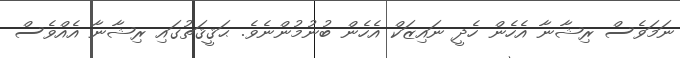
ނަމަވެސް ރިޝާނާ އެހެން ހެދީ ނައިޒަކް އެހެން ބުނުމުންނެވެ. ޙަޤީޤަތުގައި ރިޝާނާ އެއްވެސް